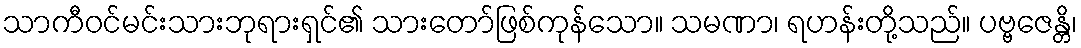
သာကီဝင်မင်းသားဘုရားရှင်၏ သားတော်ဖြစ်ကုန်သော။ သမဏာ၊ ရဟန်းတို့သည်။ ပဗ္ဗဇေန္တိ၊